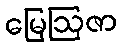
မြေဩဇာ